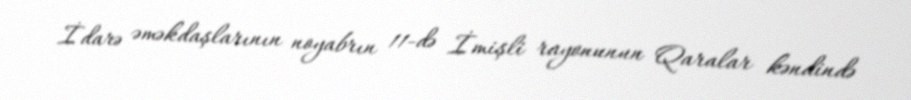
İdarə əməkdaşlarının noyabrın 11-də İmişli rayonunun Qaralar kəndində